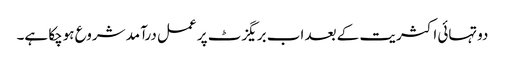
دوتہائی اکثریت کے بعد اب بریگزٹ پر عمل درآمد شروع ہوچکا ہے۔